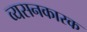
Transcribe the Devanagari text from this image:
व्यसनकारक